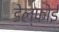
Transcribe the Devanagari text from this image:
डेल्फोई